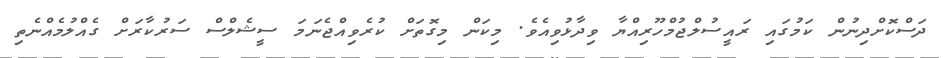
ދަސްކޮށްދިނުން ކަމުގައި ރައީސުލްޖުމްހޫރިއްޔާ ވިދާޅުވިއެވެ. މިކަން މިގޮތަށް ކުރެވިއްޖެނަމަ ސީޝެލްސް ސަރުކާރަށް ގެއްލުމެއްނެތި